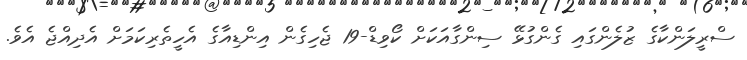
ސްރީލަންކާގެ ޒުލެންގައި ގެންގުޅޭ ސިންގާއަކަށް ކޯވިޑް-19 ޖެހިގެން އިންޑިއާގެ އެހީތެރިކަމަށް އެދިއްޖެ އެވެ.